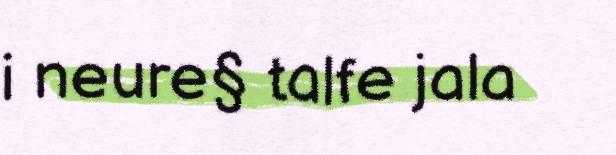
i neure§ talfe jala